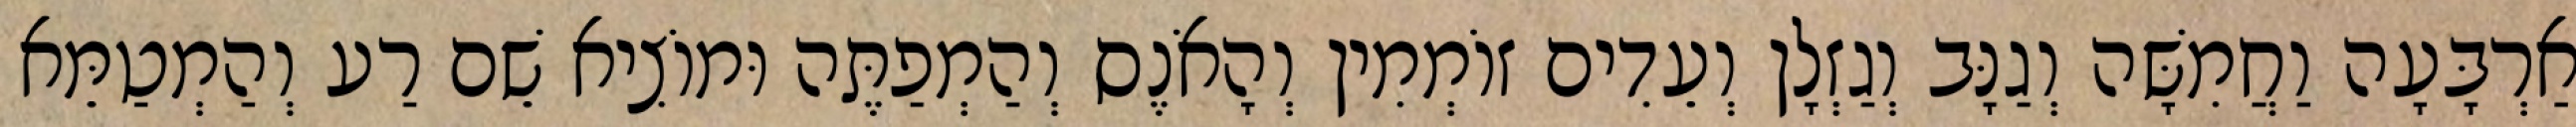
אַרְבָּעָה וַחֲמִשָּׁה וְגַנָּב וְגַזְלָן וְעֵדִים זוֹמְמִין וְהָאֹנֶס וְהַמְפַתֶּה וּמוֹצִיא שֵׁם רַע וְהַמְטַמֵּא